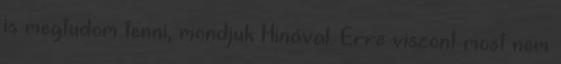
is megtudom tenni, mondjuk Hinával. Erre viszont most nem